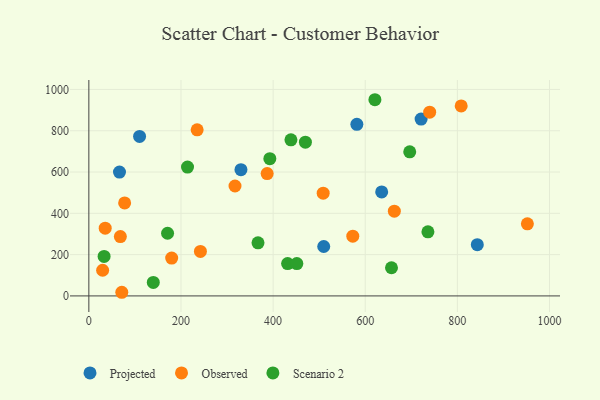
{"axis": {"x": "Study Hours", "y": "Salary"}, "legend": ["Observed", "Projected", "Scenario 2"], "data": [{"x": "110.1", "y": 772.5, "type": "Projected"}, {"x": "330.2", "y": 611.6, "type": "Projected"}, {"x": "581.8", "y": 831.0, "type": "Projected"}, {"x": "509.9", "y": 239.2, "type": "Projected"}, {"x": "721.3", "y": 856.6, "type": "Projected"}, {"x": "66.5", "y": 599.7, "type": "Projected"}, {"x": "635.7", "y": 503.8, "type": "Projected"}, {"x": "843.3", "y": 248.3, "type": "Projected"}, {"x": "508.7", "y": 497.7, "type": "Observed"}, {"x": "242.2", "y": 215.6, "type": "Observed"}, {"x": "71.5", "y": 17.6, "type": "Observed"}, {"x": "739.9", "y": 890.0, "type": "Observed"}, {"x": "952.0", "y": 349.0, "type": "Observed"}, {"x": "29.9", "y": 124.2, "type": "Observed"}, {"x": "68.4", "y": 287.5, "type": "Observed"}, {"x": "35.5", "y": 327.9, "type": "Observed"}, {"x": "808.3", "y": 920.3, "type": "Observed"}, {"x": "77.7", "y": 450.6, "type": "Observed"}, {"x": "317.3", "y": 532.3, "type": "Observed"}, {"x": "387.1", "y": 592.5, "type": "Observed"}, {"x": "663.2", "y": 410.3, "type": "Observed"}, {"x": "573.0", "y": 289.2, "type": "Observed"}, {"x": "179.8", "y": 183.3, "type": "Observed"}, {"x": "235.1", "y": 804.5, "type": "Observed"}, {"x": "367.2", "y": 257.3, "type": "Scenario 2"}, {"x": "438.7", "y": 755.9, "type": "Scenario 2"}, {"x": "392.9", "y": 664.7, "type": "Scenario 2"}, {"x": "621.0", "y": 950.2, "type": "Scenario 2"}, {"x": "431.5", "y": 156.6, "type": "Scenario 2"}, {"x": "470.1", "y": 744.4, "type": "Scenario 2"}, {"x": "657.0", "y": 136.4, "type": "Scenario 2"}, {"x": "170.9", "y": 303.5, "type": "Scenario 2"}, {"x": "696.6", "y": 697.8, "type": "Scenario 2"}, {"x": "736.1", "y": 310.2, "type": "Scenario 2"}, {"x": "33.1", "y": 191.1, "type": "Scenario 2"}, {"x": "451.5", "y": 156.5, "type": "Scenario 2"}, {"x": "214.2", "y": 623.9, "type": "Scenario 2"}, {"x": "139.9", "y": 65.2, "type": "Scenario 2"}]}